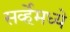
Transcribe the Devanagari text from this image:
सर्व्हेमध्ये